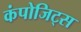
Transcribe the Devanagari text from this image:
कंपोजिट्स